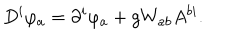
LaTeX: D ^ { i } \varphi _ { a } = \partial ^ { i } \varphi _ { a } + g W _ { a b } A ^ { b i } .